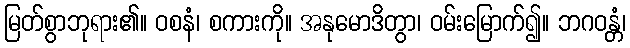
မြတ်စွာဘုရား၏။ ဝစနံ၊ စကားကို။ အနုမောဒိတွာ၊ ဝမ်းမြောက်၍။ ဘဂဝန္တံ၊